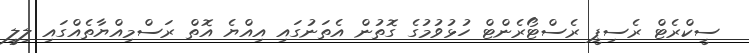
ސީކްރެޓް ރެސިޕީ ރެސްޓޯރެންޓް ހުޅުވުމުގެ ގޮތުން އެތަނުގައި އިއްޔެ އޮތް ރަސްމިއްޔާތެއްގައި ލިލީ